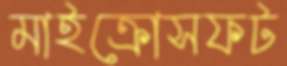
মাইক্রোসফট